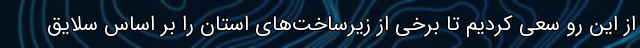
از این رو سعی کردیم تا برخی از زیرساخت‌های استان را بر اساس سلایق